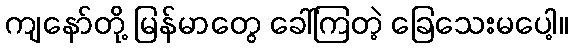
ကျနော်တို့ မြန်မာတွေ ခေါ်ကြတဲ့ ခြေသေးမပေါ့။